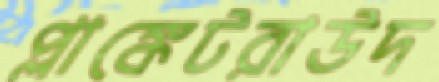
প্লাঙ্কেটরাউদ